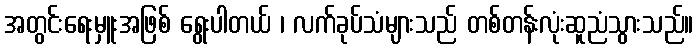
အတွင်းရေးမှူးအဖြစ် ရွေးပါတယ် ၊ လက်ခုပ်သံများသည် တစ်တန်းလုံးဆူညံသွားသည်။